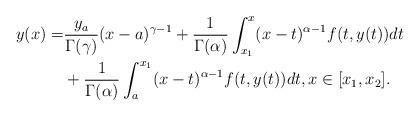
LaTeX: \begin{align*} y(x)=&\frac{y_a}{\Gamma(\gamma)}(x-a)^{\gamma-1}+\frac{1}{\Gamma(\alpha)}\int_{x_1}^{x}(x-t)^{\alpha-1}f(t,y(t))dt\\ &+\frac{1}{\Gamma(\alpha)}\int_{a}^{x_1}(x-t)^{\alpha-1}f(t,y(t))dt, x\in[x_1,x_2].\end{align*}